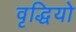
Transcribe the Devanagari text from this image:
वृद्धियो